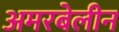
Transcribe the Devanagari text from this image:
अमरबेलीन